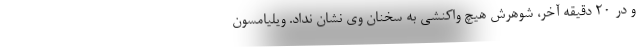
و در ۲۰ دقیقه آخر، شوهرش هیچ واکنشی به سخنان وی نشان نداد. ویلیامسون